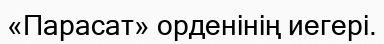
«Парасат» орденінің иегері.